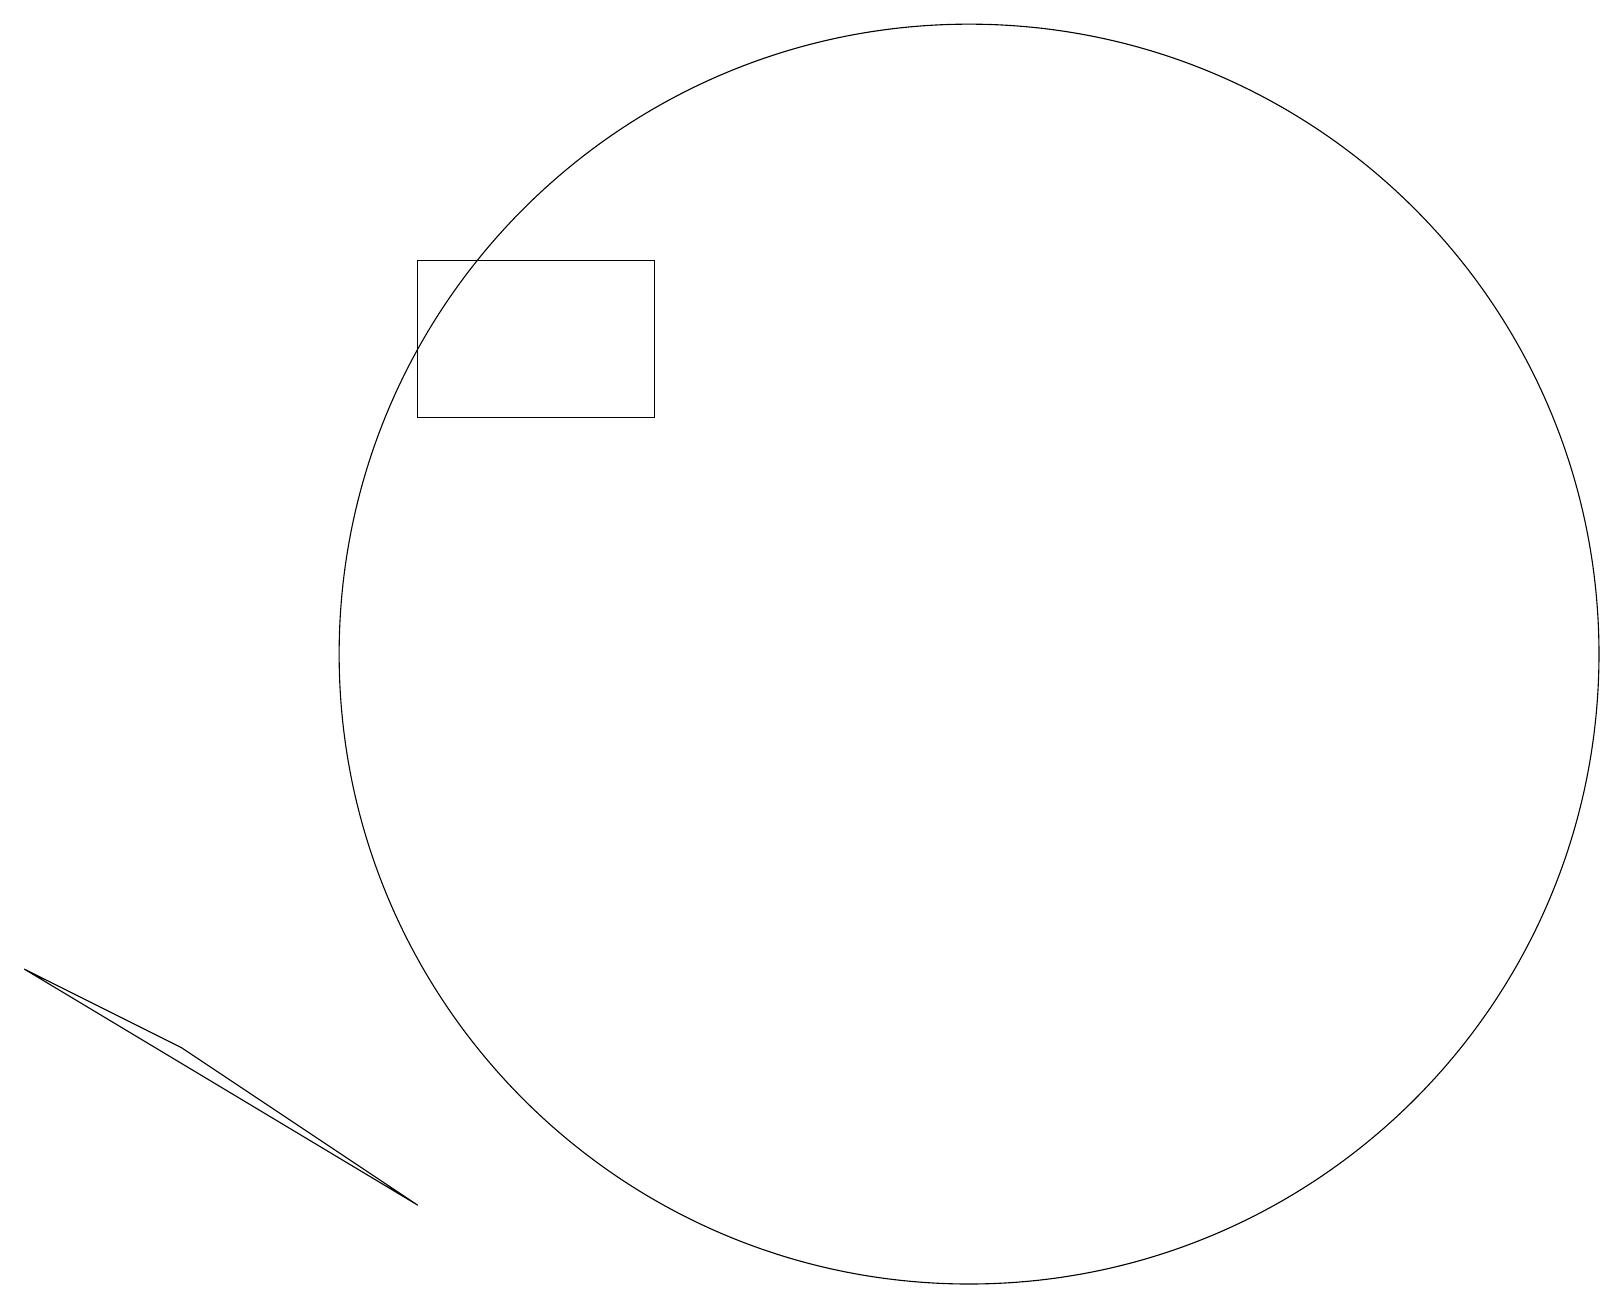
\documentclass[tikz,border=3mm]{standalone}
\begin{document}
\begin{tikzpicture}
\draw (8,15) rectangle (5,17);
\draw (5,5) -- (0,8) -- (2,7) -- cycle;
\draw (11,12) circle (0);
\draw (12,12) circle (8);
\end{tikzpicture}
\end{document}